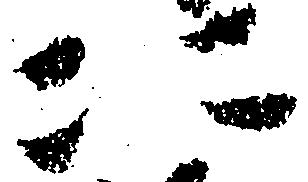
四